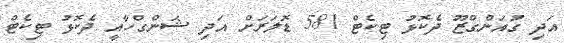
އަދި ގުއަންގްޒޫ ދެކޮޅު ޓިކެޓް 581 ޑޮލަރަށް އަދި ޝަންގްހާއީ ދެކޮޅު ޓިކެޓް